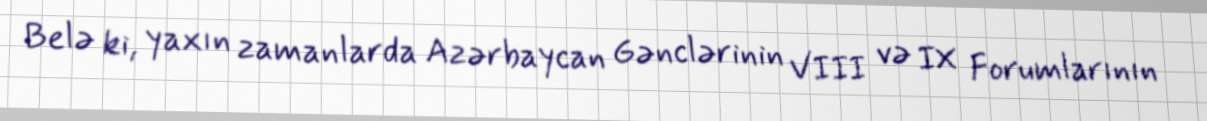
Belə ki, yaxın zamanlarda Azərbaycan Gənclərinin VIII və IX Forumlarının